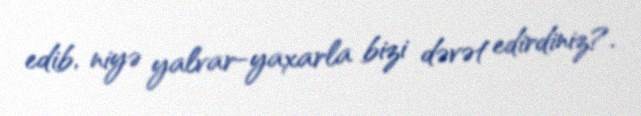
edib, niyə yalvar-yaxarla bizi dəvət edirdiniz?.